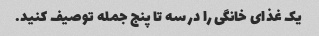
یک غذای خانگی را در سه تا پنج جمله توصیف کنید.